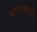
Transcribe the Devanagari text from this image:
भोजनसमयी